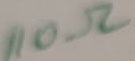
Text: 110Ω